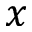
x